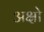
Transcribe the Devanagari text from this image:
अक्षो